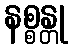
နစ္စန္တု